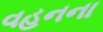
વહનના